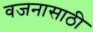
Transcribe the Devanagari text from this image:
वजनासाठी